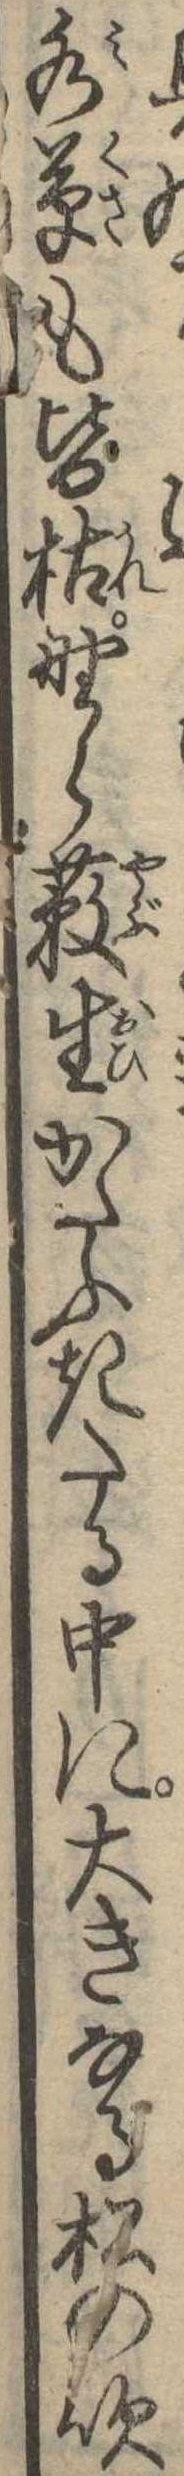
水草も皆枯野ら薮生かたふきたる中に大きなる松の吹